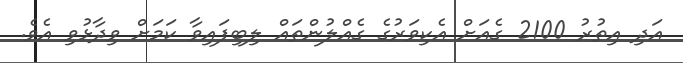
އަދި އިތުރު 2100 ގެއަށް އެކިވަރުގެ ގެއްލުންތައް ލިބިފައިވާ ކަމަށް ވިދާޅުވި އެވެ.